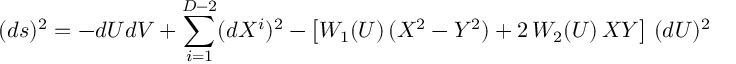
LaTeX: ( d s ) ^ { 2 } = - d U d V + \sum _ { i = 1 } ^ { D - 2 } ( d X ^ { i } ) ^ { 2 } - \left[ W _ { 1 } ( U ) \, ( X ^ { 2 } - Y ^ { 2 } ) + 2 \, W _ { 2 } ( U ) \, X Y \right] \, ( d U ) ^ { 2 }